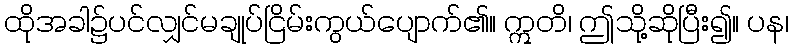
ထိုအခါ၌ပင်လျှင်မချုပ်ငြိမ်းကွယ်ပျောက်၏။ ဣတိ၊ ဤသို့ဆိုပြီး၍။ ပန၊